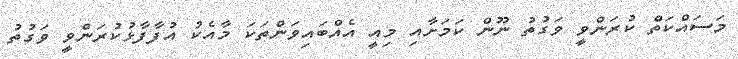
މަސައްކަތް ކުރަންވީ ވަގުތު ނޫން ކަމަށާއި މިއީ އެއްބައިވަންތަކަ މާއެކު އުފާފާޅުކުރަންވީ ވަގުތު